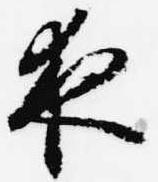
夜